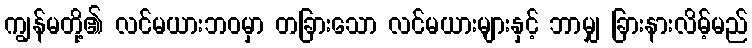
ကျွန်မတို့၏ လင်မယားဘဝမှာ တခြားသော လင်မယားများနှင့် ဘာမျှ ခြားနားလိမ့်မည်